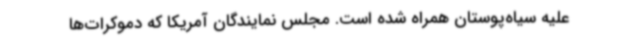
علیه سیاه‌پوستان همراه شده است. مجلس نمایندگان آمریکا که دموکرات‌ها